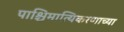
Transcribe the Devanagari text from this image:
पाश्चिमात्यिकरणाच्या